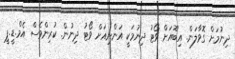
ދިނުމަށް ގޮވާލަން. އިބޫއަށް ވޯޓު ދިނުމަކީ އަންނިއަށް ވޯޓު ދިނުން. ކުރިންވެސް އެމް.ޑީ.ޕީ